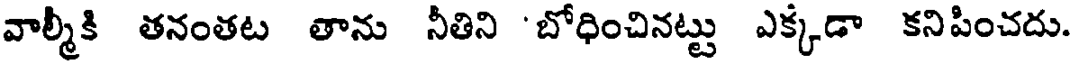
వాల్మీకి తనంతట తాను నీతిని 'బోధించినట్టు ఎక్కడా కనిపించదు.